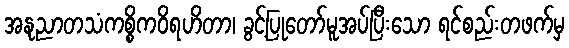
အနုညာတသံကစ္စိကဝိရဟိတာ၊ ခွင့်ပြုတော်မူအပ်ပြီးသော ရင်စည်းတဖက်မှ